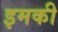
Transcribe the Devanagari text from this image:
इमकी